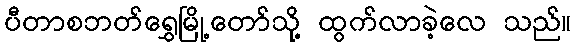
ပီတာစဘတ်ရွှေမြို့တော်သို့ ထွက်လာခဲ့လေ သည်။